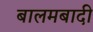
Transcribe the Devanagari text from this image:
बालमबादी